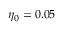
\eta _ { 0 } = 0 . 0 5